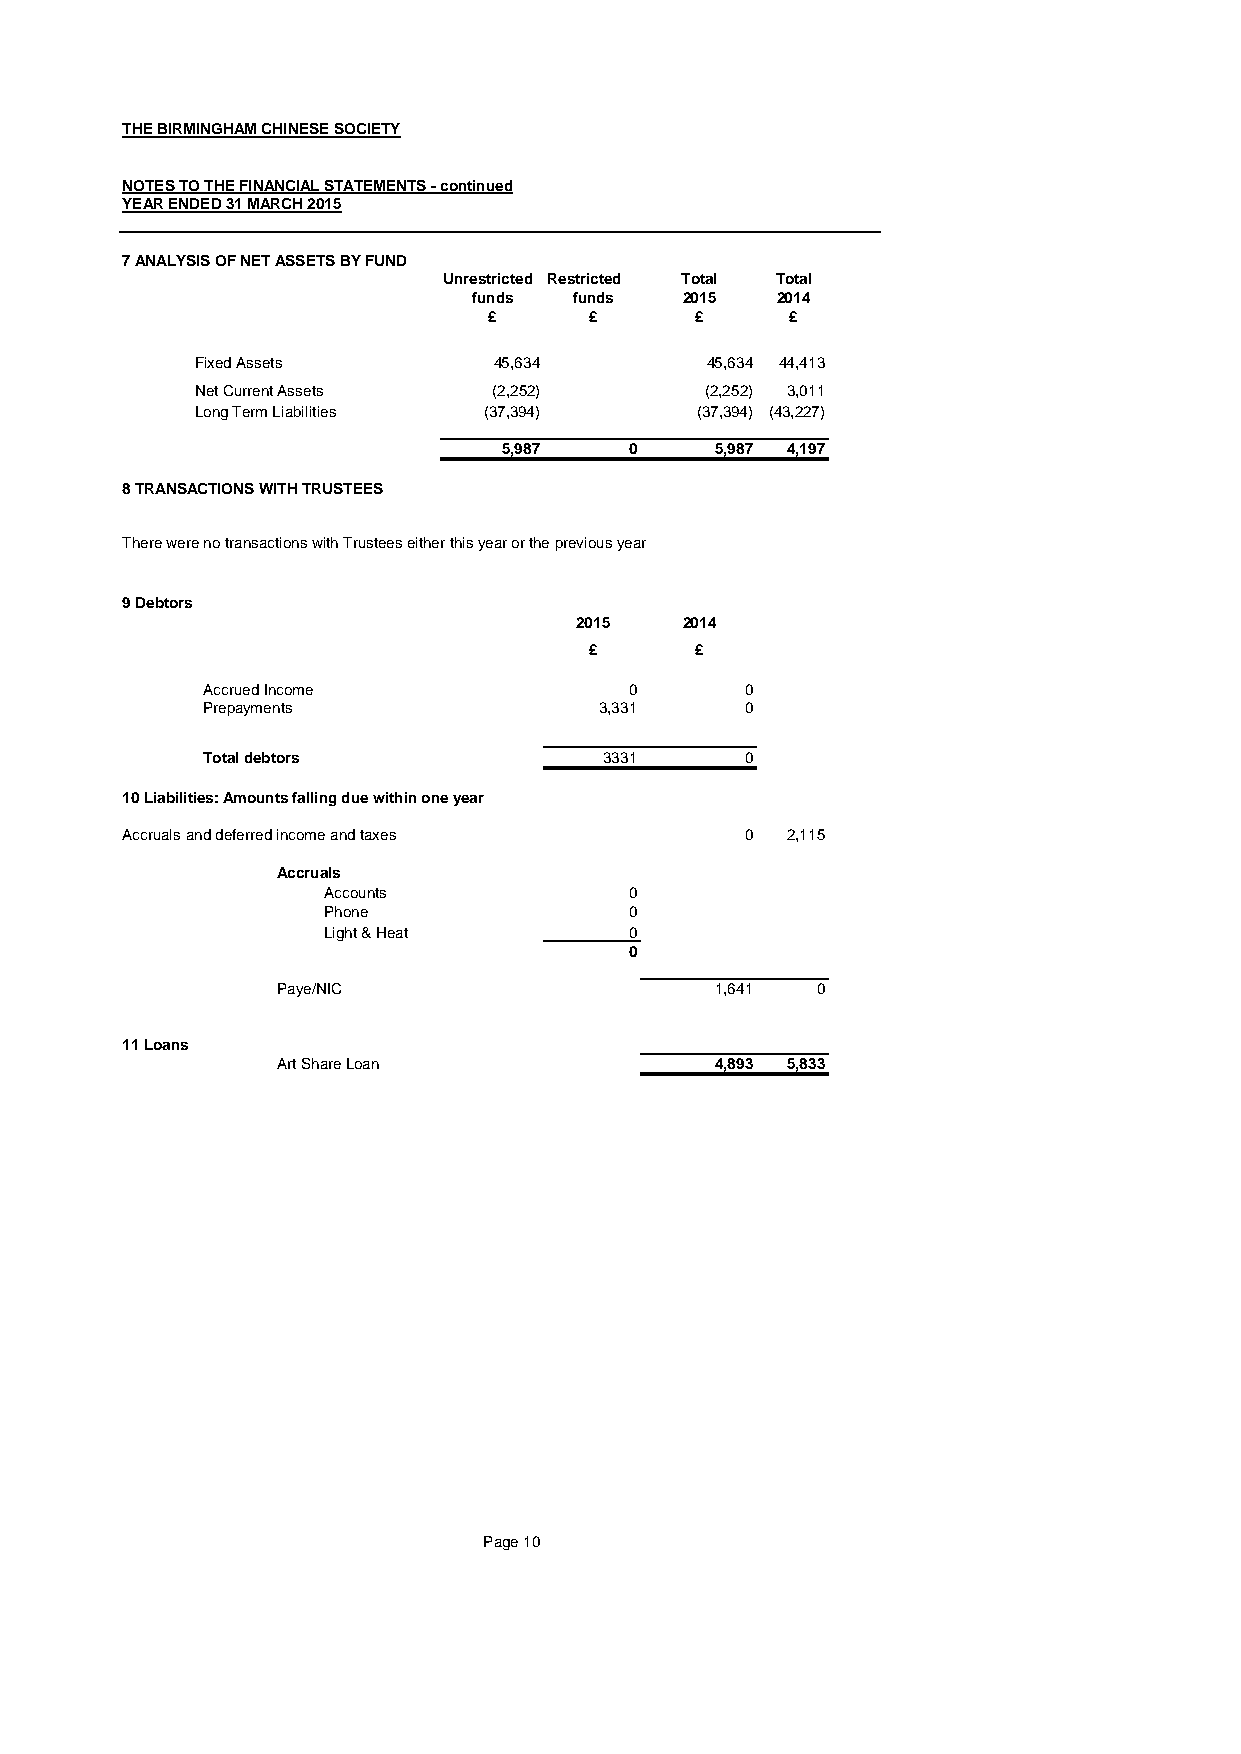
THE BIRMINGHAM CHINESE SOCIETY
 NOTES TO THE FINANCIAL STATEMENTS - continued
 YEAR ENDED 31 MARCH 2015
 7 ANALYSIS OF NET ASSETS BY FUND
 Unrestricted Restricted Total Total
 funds  funds  2015  2014
 £      £      £     £
 Fixed Assets        45,634        45,634 44,413
 Net Current Assets  (2,252)       (2,252) 3,011
 Long Term Liabilities (37,394)   (37,394) (43,227)
 5,987    0    5,987 4,197
 8 TRANSACTIONS WITH TRUSTEES
 There were no transactions with Trustees either this year or the previous year
 9 Debtors
 2015   2014
 £      £
 Accrued Income               0      0
 Prepayments                3,331    0
 Total debtors              3331     0
 10 Liabilities: Amounts falling due within one year
 Accruals and deferred income and taxes   0  2,115
 Accruals
 Accounts             0
 Phone                0
 Light & Heat         0
 0
 Paye/NIC                     1,641  0
 11 Loans
 Art Share Loan               4,893 5,833
 Page 10